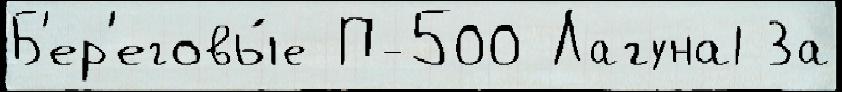
Б'ер'еговы́е П-500 Лагуна1 За